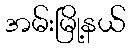
အမ်းမြို့နယ်